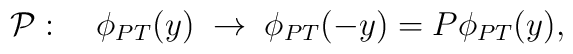
{\cal P}: \quad \phi_{P T}(y) \; \rightarrow \; \phi_{P T} (-y) = P \phi_{P T} (y),